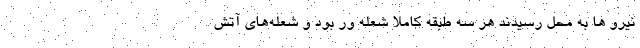
نیرو ها به محل رسیدند هر سه طبقه کاملا شعله ور بود و شعله‌های آتش